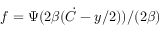
f = \Psi ( 2 \beta ( \dot { C } - y / 2 ) ) / ( 2 \beta )